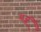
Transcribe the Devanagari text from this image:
यजूं